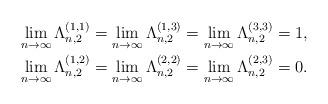
LaTeX: \begin{align*}&\lim_{n\to\infty} \Lambda_{n,2}^{(1,1)} = \lim_{n\to\infty} \Lambda_{n,2}^{(1,3)} = \lim_{n\to\infty} \Lambda_{n,2}^{(3,3)}=1, \\&\lim_{n\to\infty} \Lambda_{n,2}^{(1,2)} = \lim_{n\to\infty} \Lambda_{n,2}^{(2,2)} = \lim_{n\to\infty} \Lambda_{n,2}^{(2,3)}=0.\end{align*}